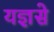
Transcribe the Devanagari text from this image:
यज्ञसे